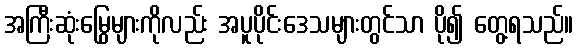
အကြီးဆုံးမြွေများကိုလည်း အပူပိုင်းဒေသများတွင်သာ ပို၍ တွေ့ရသည်။